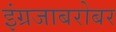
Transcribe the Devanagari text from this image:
इंग्रजाबरोबर